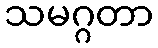
သမဂ္ဂတာ